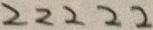
2 2 2 2 2